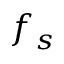
f _ { s }